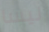
ليسا